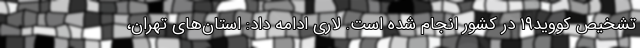
تشخیص کووید۱۹ در کشور انجام شده است. لاری ادامه داد: استان‌های تهران،